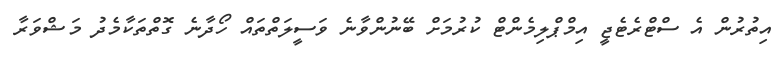
އިތުރުން އެ ސްޓްރެޓެޖީ އިމްޕްލިމެންޓް ކުރުމަށް ބޭނުންވާނެ ވަސީލަތްތައް ހޯދާނެ ގޮތްތަކާމެދު މަޝްވަރާ